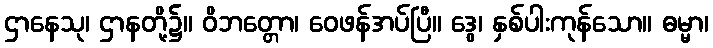
ဌာနေသု၊ ဌာနတို့၌။ ဝိဘတ္တော၊ ဝေဖန်အပ်ပြီ။ ဒွေ၊ နှစ်ပါးကုန်သော။ ဓမ္မာ၊